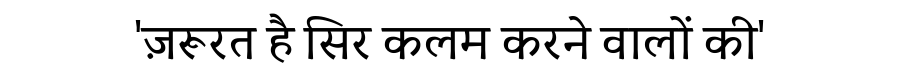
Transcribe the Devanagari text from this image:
'ज़रूरत है सिर कलम करने वालों की'